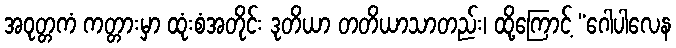
အဝုတ္တကံ ကတ္တားမှာ ထုံးစံအတိုင်း ဒုတိယာ တတိယာသာတည်း၊ ထို့ကြောင့် “ဂေါပါလေန